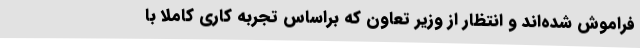
فراموش شده‌اند و انتظار از وزیر تعاون که براساس تجربه کاری کاملا با